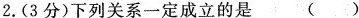
2.(3分)下列关系一定成立的是( )